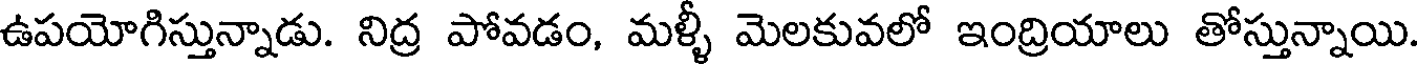
ఉపయోగిస్తున్నాడు. నిద్ర పోవడం, మళ్ళీ మెలకువలో ఇంద్రియాలు తోస్తున్నాయి.